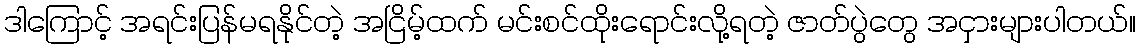
ဒါကြောင့် အရင်းပြန်မရနိုင်တဲ့ အငြိမ့်ထက် မင်းစင်ထိုးရောင်းလို့ရတဲ့ ဇာတ်ပွဲတွေ အငှားများပါတယ်။